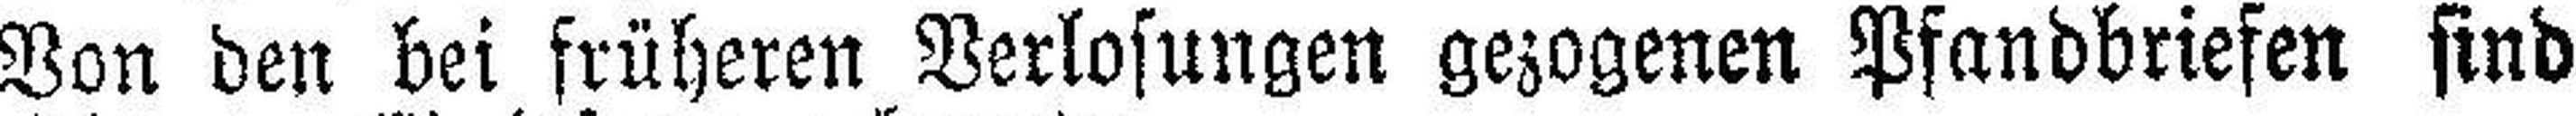
Von den bei früheren Verlosungen gezogenen Pfandbriefen sind